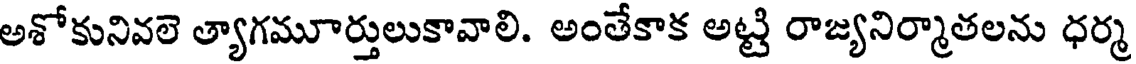
అశోకునివలె త్యాగమూర్తులుకావాలి. అంతేకాక అట్టి రాజ్యనిర్మాతలను ధర్మ